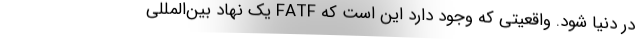
در دنیا شود. واقعیتی که وجود دارد این است که FATF یک نهاد بین‌المللی